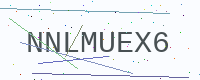
Text: NNLMUEX6